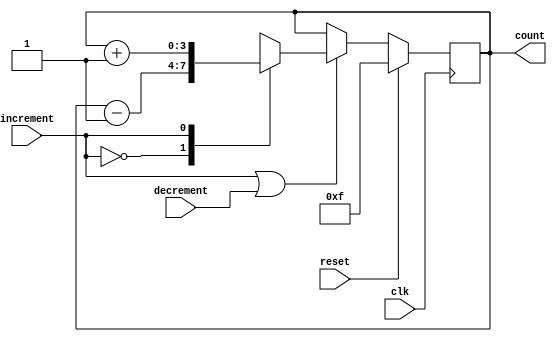
`timescale 1ns / 1ps
//////////////////////////////////////////////////////////////////////////////////
// Company: 
// Engineer: 
// 
// Design Name: 
// Module Name:    counter 
// Project Name: 
// Target Devices: 
// Tool versions: 
// Description: 
//
// Dependencies: 
//
// Revision: 
// Revision 0.01 - File Created
// Additional Comments: 
//
//////////////////////////////////////////////////////////////////////////////////
module counter(
	input       clk,
	input       reset,
	input       increment,
	input       decrement,
	output reg [3:0] count
);

	reg enable;
	reg [3:0] mux_out;

	always@(*)
		enable = increment | decrement;

	always@(*)
		begin
			case(increment)
			1'b0: mux_out = count-1;
			1'b1: mux_out = count+1;
			endcase
		end

	always@(posedge clk)
		if(reset)
			count <= -1;
		else if(enable)
			count <= mux_out;

endmodule